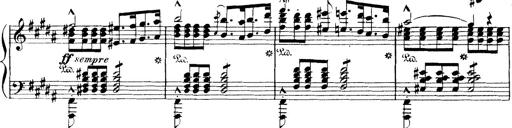
Title: Wagner-Liszt Album
Composer: Franz Liszt